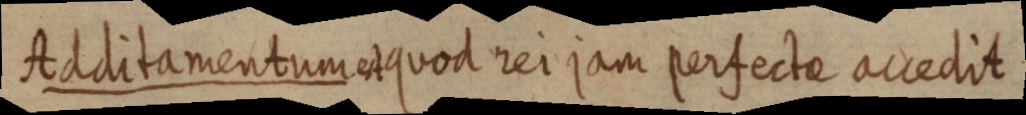
Additamentum est quod rei jam perfectae accedit.